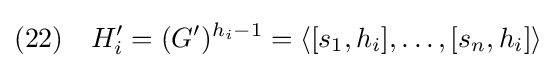
(22)\quad H_{i}'=(G')^{h_{i}-1}=\langle [s_{1},h_{i}],\ldots ,[s_{n},h_{i}]\rangle